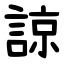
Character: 諒